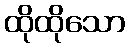
ထိုထိုသော